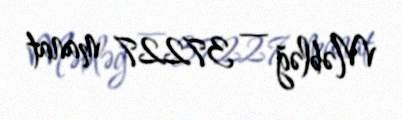
Məbləğ — 37227 manat